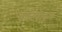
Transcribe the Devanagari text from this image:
कटियाट्टम